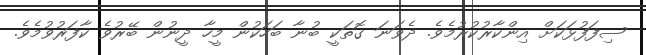
ސިފަފުޅަކަށް އިންކާރުކުރުމެވެ. ދެވަނަ ގޮތަކީ ބުނާ ބަހަކުން މީހާ ދީނުން ބޭރުވެ ކާފަރުވުމެވެ.